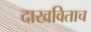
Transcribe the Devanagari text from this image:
दाखविताच